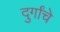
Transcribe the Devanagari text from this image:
दुर्गांचे